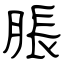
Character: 脹